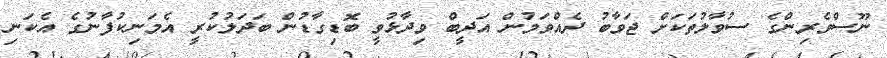
ނޫސްވެރިންގެ ސުވާލުތަކަށް ޖަވާބު ދެއްވަމުން އަދީބް ވިދާޅުވީ ބޮޑިގާޑުން ބަދަލުކުރީ އެމަނިކުފާނުގެ އެކަނި